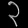
Digit: ၃